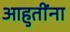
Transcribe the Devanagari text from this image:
आहुतींना